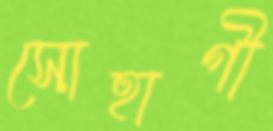
সোহাগী